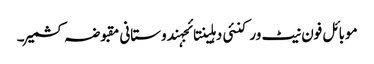
موبائل فون نیٹ ورکنئی دہلینتائجہندوستانی مقبوضہ کشمیر۔